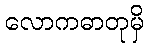
လောကဓာတုမှိ